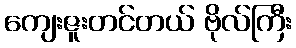
ကျေးဇူးတင်တယ် ဗိုလ်ကြီး